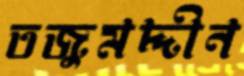
তজুমদ্দীন